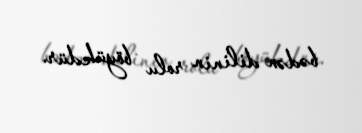
bədən dilinin rolu böyükdür.